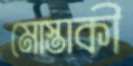
মোস্তাকী